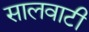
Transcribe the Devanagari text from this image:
सालवाटी